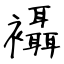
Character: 襵